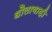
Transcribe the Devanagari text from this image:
धौलाबाड़ी